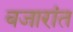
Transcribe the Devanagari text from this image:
बजारांत